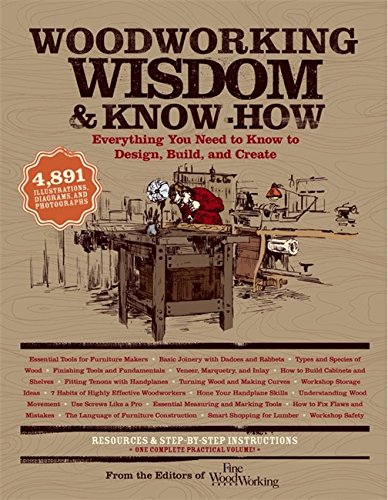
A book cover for Woodworking Wisdom & Know-How: Everything You Need to Know to Design, Build, and Create; Taunton Press; Crafts, Hobbies & Home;